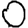
Digit: 0